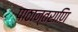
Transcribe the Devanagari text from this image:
पाठान्तराणि